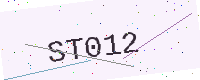
Text: ST012